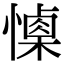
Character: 𢢙